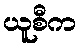
ယူစီက